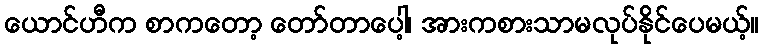
ယောင်ဟီက စာကတော့ တော်တာပေါ့၊ အားကစားသာမလုပ်နိုင်ပေမယ့်။